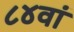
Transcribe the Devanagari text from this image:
८४वां